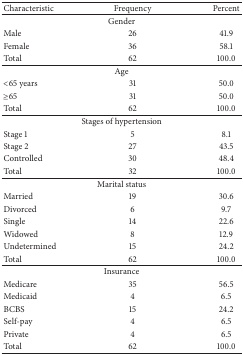
| Characteristic | Frequency | Percent |
 | --- | --- | --- |
 | <COLSPAN=3> Gender |
 | Male | 26 | 41.9 |
 | Female | 36 | 58.1 |
 | Total | 62 | 100.0 |
 | <COLSPAN=3> Age |
 | <65 years | 31 | 50.0 |
 | ≥65 | 31 | 50.0 |
 | Total | 62 | 100.0 |
 | <COLSPAN=3> Stages of hypertension |
 | Stage 1 | 5 | 8.1 |
 | Stage 2 | 27 | 43.5 |
 | Controlled | 30 | 48.4 |
 | Total | 32 | 100.0 |
 | <COLSPAN=3> Marital status |
 | Married | 19 | 30.6 |
 | Divorced | 6 | 9.7 |
 | Single | 14 | 22.6 |
 | Widowed | 8 | 12.9 |
 | Undetermined | 15 | 24.2 |
 | Total | 62 | 100.0 |
 | <COLSPAN=3> Insurance |
 | Medicare | 35 | 56.5 |
 | Medicaid | 4 | 6.5 |
 | BCBS | 15 | 24.2 |
 | Self-pay | 4 | 6.5 |
 | Private | 4 | 6.5 |
 | Total | 62 | 100.0 |